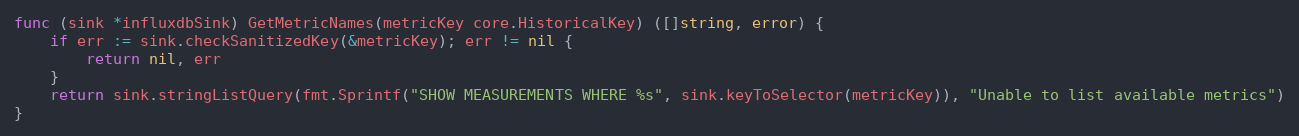
Language: Go
func (sink *influxdbSink) GetMetricNames(metricKey core.HistoricalKey) ([]string, error) {
	if err := sink.checkSanitizedKey(&metricKey); err != nil {
		return nil, err
	}
	return sink.stringListQuery(fmt.Sprintf("SHOW MEASUREMENTS WHERE %s", sink.keyToSelector(metricKey)), "Unable to list available metrics")
}